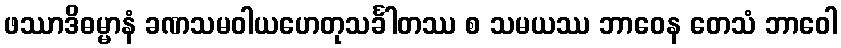
ဖဿာဒိဓမ္မာနံ ခဏသမဝါယဟေတုသင်္ခါတဿ စ သမယဿ ဘာဝေန တေသံ ဘာဝေါ